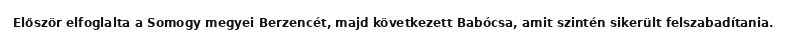
Először elfoglalta a Somogy megyei Berzencét, majd következett Babócsa, amit szintén sikerült felszabadítania.